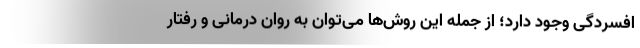
افسردگی وجود دارد؛ از جمله این روش‌ها می‌توان به روان درمانی و رفتار